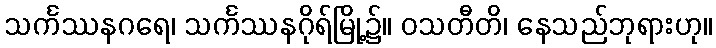
သင်္ကဿနဂရေ၊ သင်္ကဿနဂိုရ်မြို့၌။ ဝသတီတိ၊ နေသည်ဘုရားဟု။